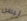
ليس